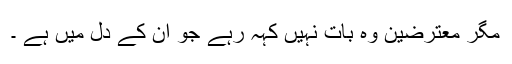
مگر معترضین وہ بات نہیں کہہ رہے جو ان کے دل میں ہے ۔